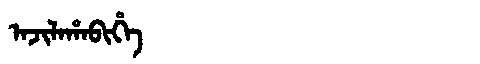
Manchu: ᠠᠵᡳᠯᠠᡥᠠᠪᡳᡥᡝ
Romanization: AJILAHABIHE